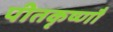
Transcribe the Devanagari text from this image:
पीतकृष्णौ